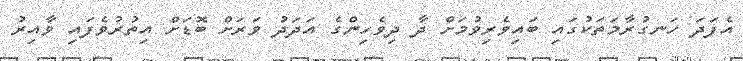
އެފަދަ ހަނގުރާމަތަކުގައި ބައިވެރިވުމަށް ދާ ދިވެހިންގެ އަދަދު ވަރަށް ބޮޑަށް އިތުރުވެފައި ވާއިރު